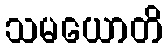
သမယောတိ